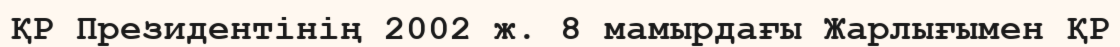
ҚР Президентінің 2002 ж. 8 мамырдағы Жарлығымен ҚР